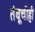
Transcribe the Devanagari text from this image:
तंबूचीही